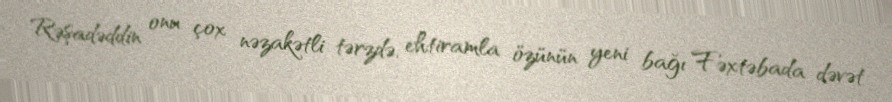
Rəşadəddin onu çox nəzakətli tərzdə, ehtiramla özünün yeni bağı Fəxtəbada dəvət